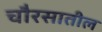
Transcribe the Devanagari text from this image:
चौरसातील